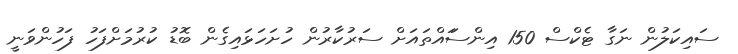
ސައިކަލުން ނަގާ ޓެކްސް 150 އިންސަައްތައަށް ސަރުކާރުން ހުށަހަޅައިގެން ބޮޑު ކުރުމަށްފަހު ފަހުންވަނީ